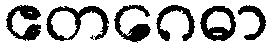
ဧတဂေဓာ